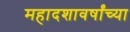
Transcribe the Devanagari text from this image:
महादशावर्षांच्या